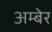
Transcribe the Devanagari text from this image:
अम्बेर